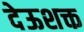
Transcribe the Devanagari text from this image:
देऊशक्त